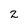
Character: 2